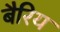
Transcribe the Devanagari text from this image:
बैरिय